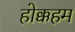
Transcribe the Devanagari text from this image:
होक्कहम